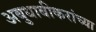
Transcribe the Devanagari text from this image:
अबुधाबीकरांच्या